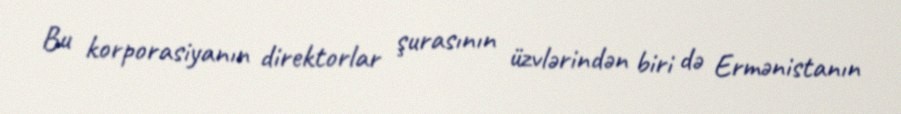
Bu korporasiyanın direktorlar şurasının üzvlərindən biri də Ermənistanın